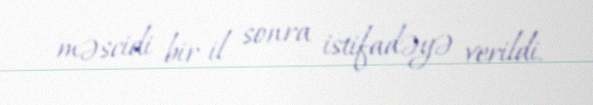
məscidi bir il sonra istifadəyə verildi.